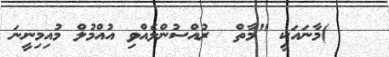
)މާނައަކީ "މާތް  ރުއްސުންލެއްވި އުއްމުލް މުއިމިނީނަ